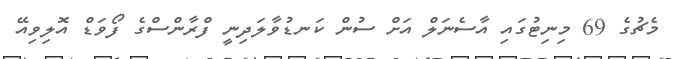
މެޗުގެ 69 މިނިޓުގައި އާސެނަލް އަށް ސުން ކަނޑުވާލަދިނީ ފްރާންސްގެ ފޯވަޑް އޮލިވިއޭ